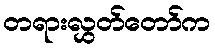
တရားလွှတ်တော်က